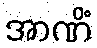
အာဏိံ